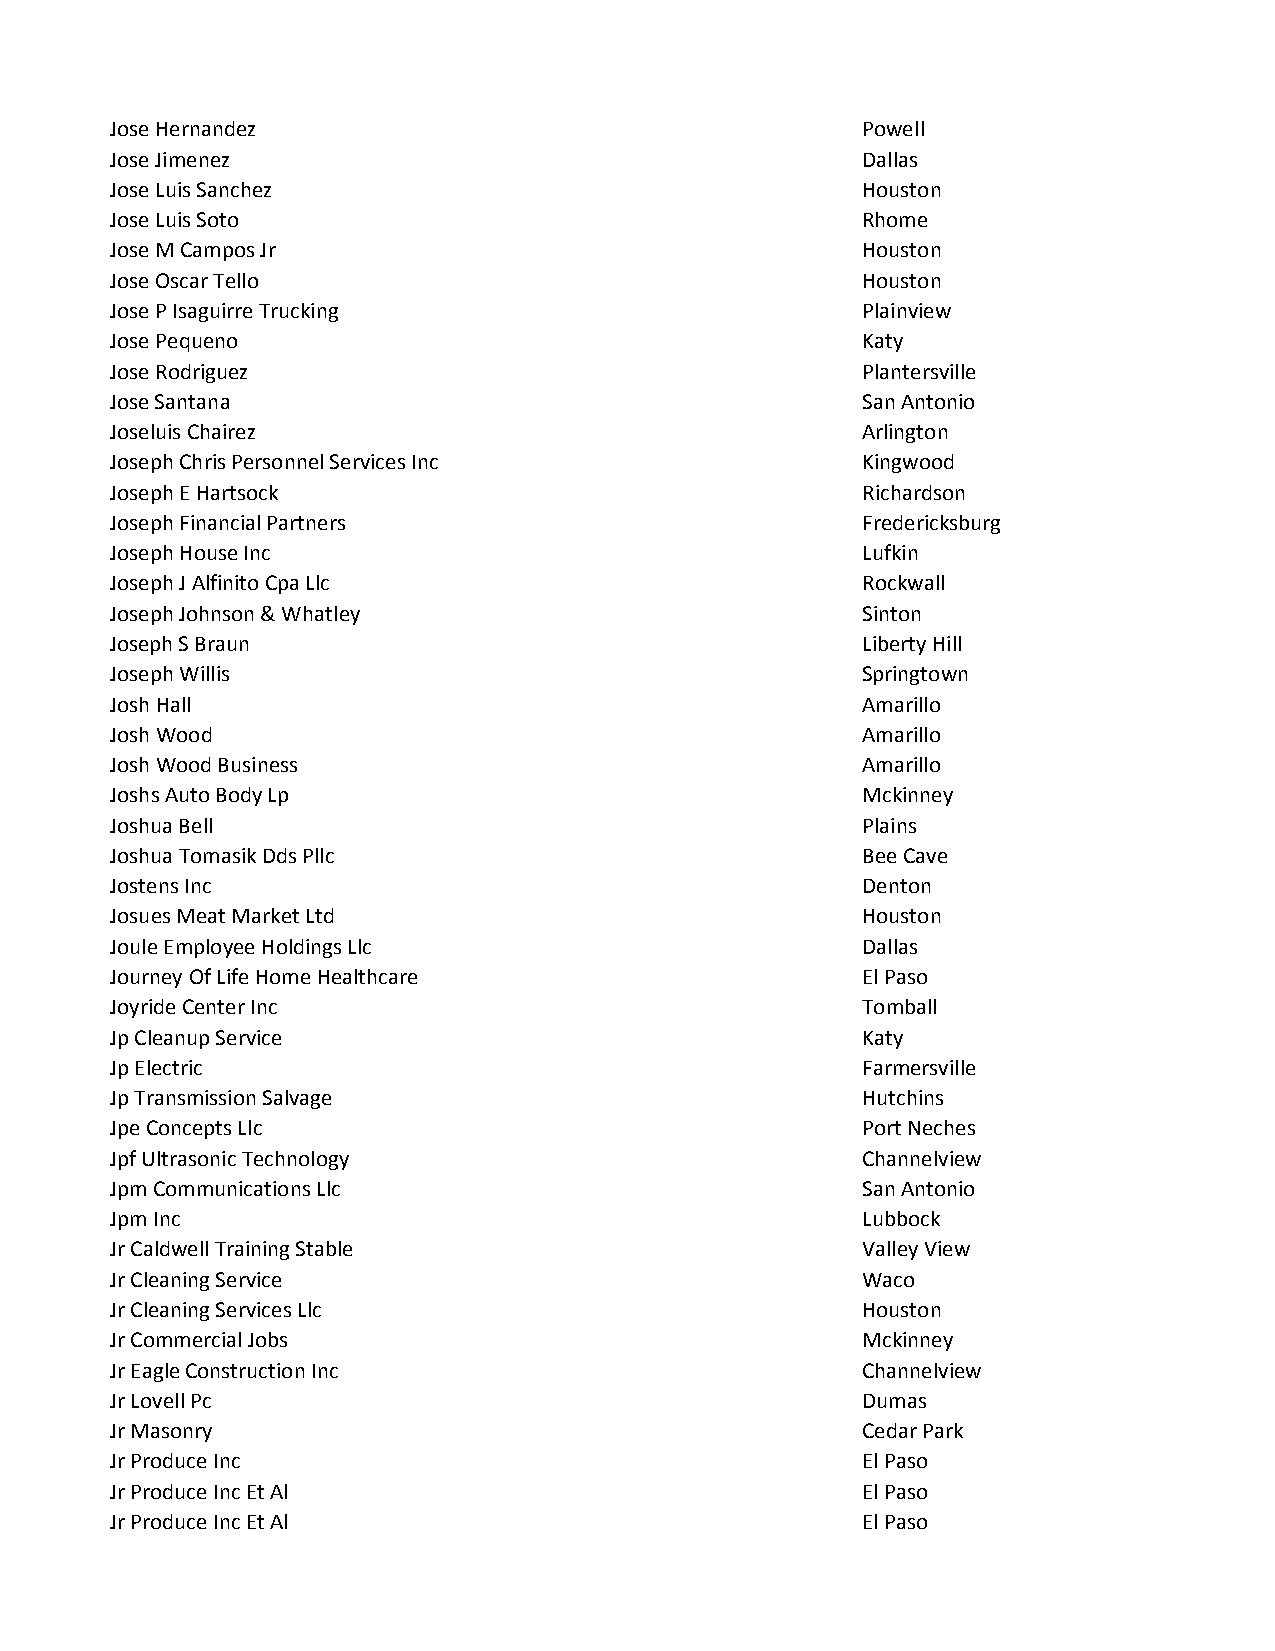
Jose Hernandez                                    Powell
 Jose Jimenez                                      Dallas
 Jose Luis Sanchez                                 Houston
 Jose Luis Soto                                    Rhome
 Jose M Campos Jr                                  Houston
 Jose Oscar Tello                                  Houston
 Jose P Isaguirre Trucking                         Plainview
 Jose Pequeno                                      Katy
 Jose Rodriguez                                    Plantersville
 Jose Santana                                      San Antonio
 Joseluis Chairez                                  Arlington
 Joseph Chris Personnel Services Inc               Kingwood
 Joseph E Hartsock                                 Richardson
 Joseph Financial Partners                         Fredericksburg
 Joseph House Inc                                  Lufkin
 Joseph J Alfinito Cpa Llc                         Rockwall
 Joseph Johnson & Whatley                          Sinton
 Joseph S Braun                                    Liberty Hill
 Joseph Willis                                     Springtown
 Josh Hall                                         Amarillo
 Josh Wood                                         Amarillo
 Josh Wood Business                                Amarillo
 Joshs Auto Body Lp                                Mckinney
 Joshua Bell                                       Plains
 Joshua Tomasik Dds Pllc                           Bee Cave
 Jostens Inc                                       Denton
 Josues Meat Market Ltd                            Houston
 Joule Employee Holdings Llc                       Dallas
 Journey Of Life Home Healthcare                   El Paso
 Joyride Center Inc                                Tomball
 Jp Cleanup Service                                Katy
 Jp Electric                                       Farmersville
 Jp Transmission Salvage                           Hutchins
 Jpe Concepts Llc                                  Port Neches
 Jpf Ultrasonic Technology                         Channelview
 Jpm Communications Llc                            San Antonio
 Jpm Inc                                           Lubbock
 Jr Caldwell Training Stable                       Valley View
 Jr Cleaning Service                               Waco
 Jr Cleaning Services Llc                          Houston
 Jr Commercial Jobs                                Mckinney
 Jr Eagle Construction Inc                         Channelview
 Jr Lovell Pc                                      Dumas
 Jr Masonry                                        Cedar Park
 Jr Produce Inc                                    El Paso
 Jr Produce Inc Et Al                              El Paso
 Jr Produce Inc Et Al                              El Paso